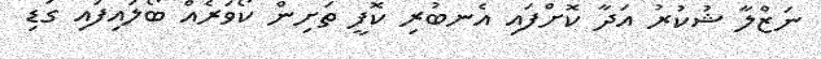
ނަޒްލާ ޝުކުރު އަދާ ކޮށްފައި އެނބުރި ކޮފީ ތަށިން ކޯވަރެއް ބޯލައިފައި ގަޑި